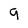
Character: 9